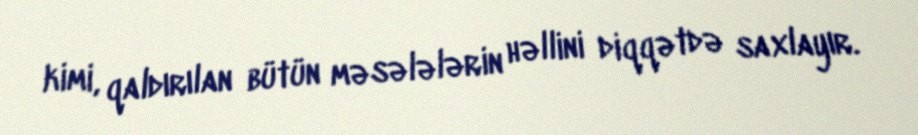
kimi, qaldırılan bütün məsələlərin həllini diqqətdə saxlayır.